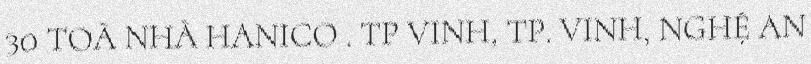
30 TOÀ NHÀ HANICO . TP VINH, TP. VINH, NGHỆ AN